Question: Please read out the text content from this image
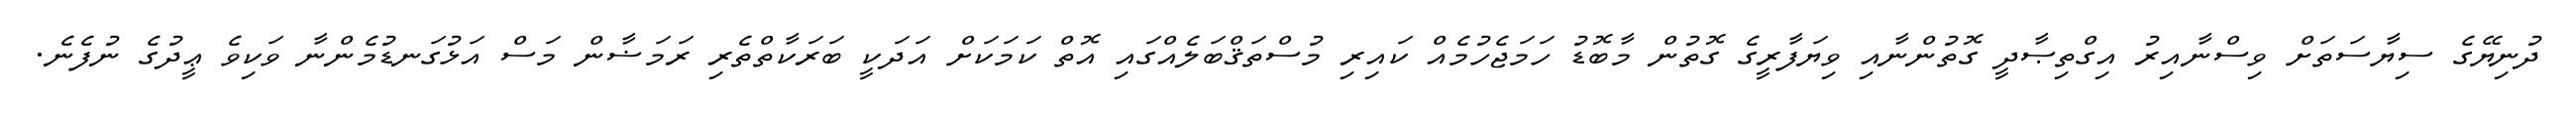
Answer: ދުނިޔޭގެ ސިޔާސަތަށް ވިސްނާއިރު އިގްތިޞާދީ ގޮތުންނާއި ވިޔަފާރީގެ ގޮތުން މާބޮޑު ހަމަޖެހުމެއް ކައިރި މުސްތަޤްބަލެއްގައި އޮތް ކަމަކަށް އަދަކީ ބަރަކާތްތެރި ރަމަޟާން މަސް އަޅުގަނޑުމެންނާ ވަކިވެ ޢީދުގެ ނުފެނެ.